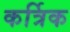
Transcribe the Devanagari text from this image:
कर्त्रिक